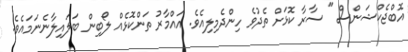
އޮބްޖެކްޝަންސް " ސާރާ ކޮޅަށް ތެދުވެ ހިންދެމިލިއެވެ. އައްމާރު ތަންކޮޅެއް ލޯބިން ބަލައިލާނެނަމައެވެ.